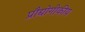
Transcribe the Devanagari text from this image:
प्रौद्योगीकीय